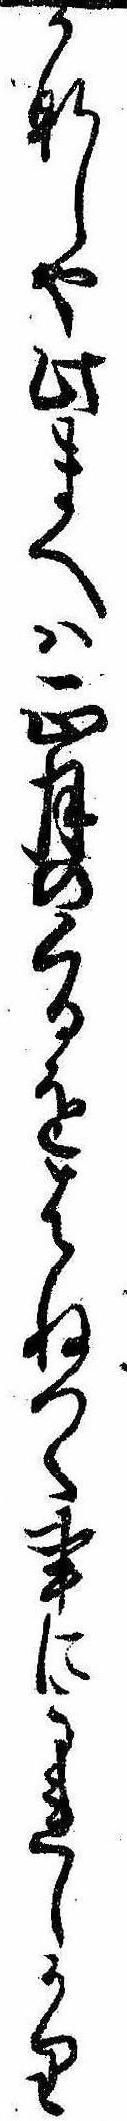
かなしや此まへは正月のくるをはねつく事にうれしかり